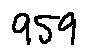
9 5 9